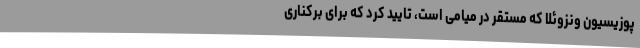
پوزیسیون ونزوئلا که مستقر در میامی است، تایید کرد که برای برکناری